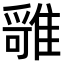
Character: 𩀓